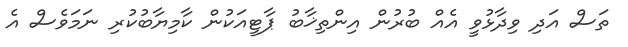
ތަސް އަދި ވިދާޅުވީ އެއް ބުރުން އިންތިޚާބު ޕާޓީއަކުން ކާމިޔާބުކުރި ނަމަވެސް އެ